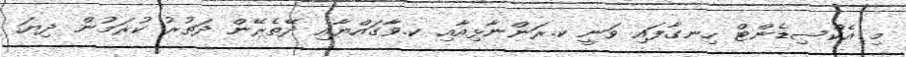
މި އެކްސިޑެންޓް ހިނގާފައި ވަނީ ކ.ރަންނާޅިއާއި ކ.ވާގައްޔާއި ދޭތެރޭން ދަތުރު ކުރަމުން ދިޔަ